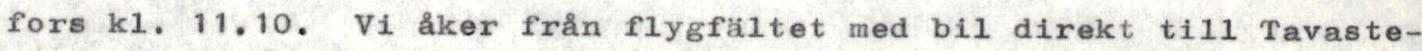
fors kl. 11.10. Vi åker från flygfältet med bil direkt till Tavaste-